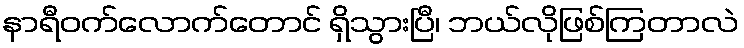
နာရီဝက်လောက်တောင် ရှိသွားပြီ၊ ဘယ်လိုဖြစ်ကြတာလဲ